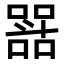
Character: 𭤝